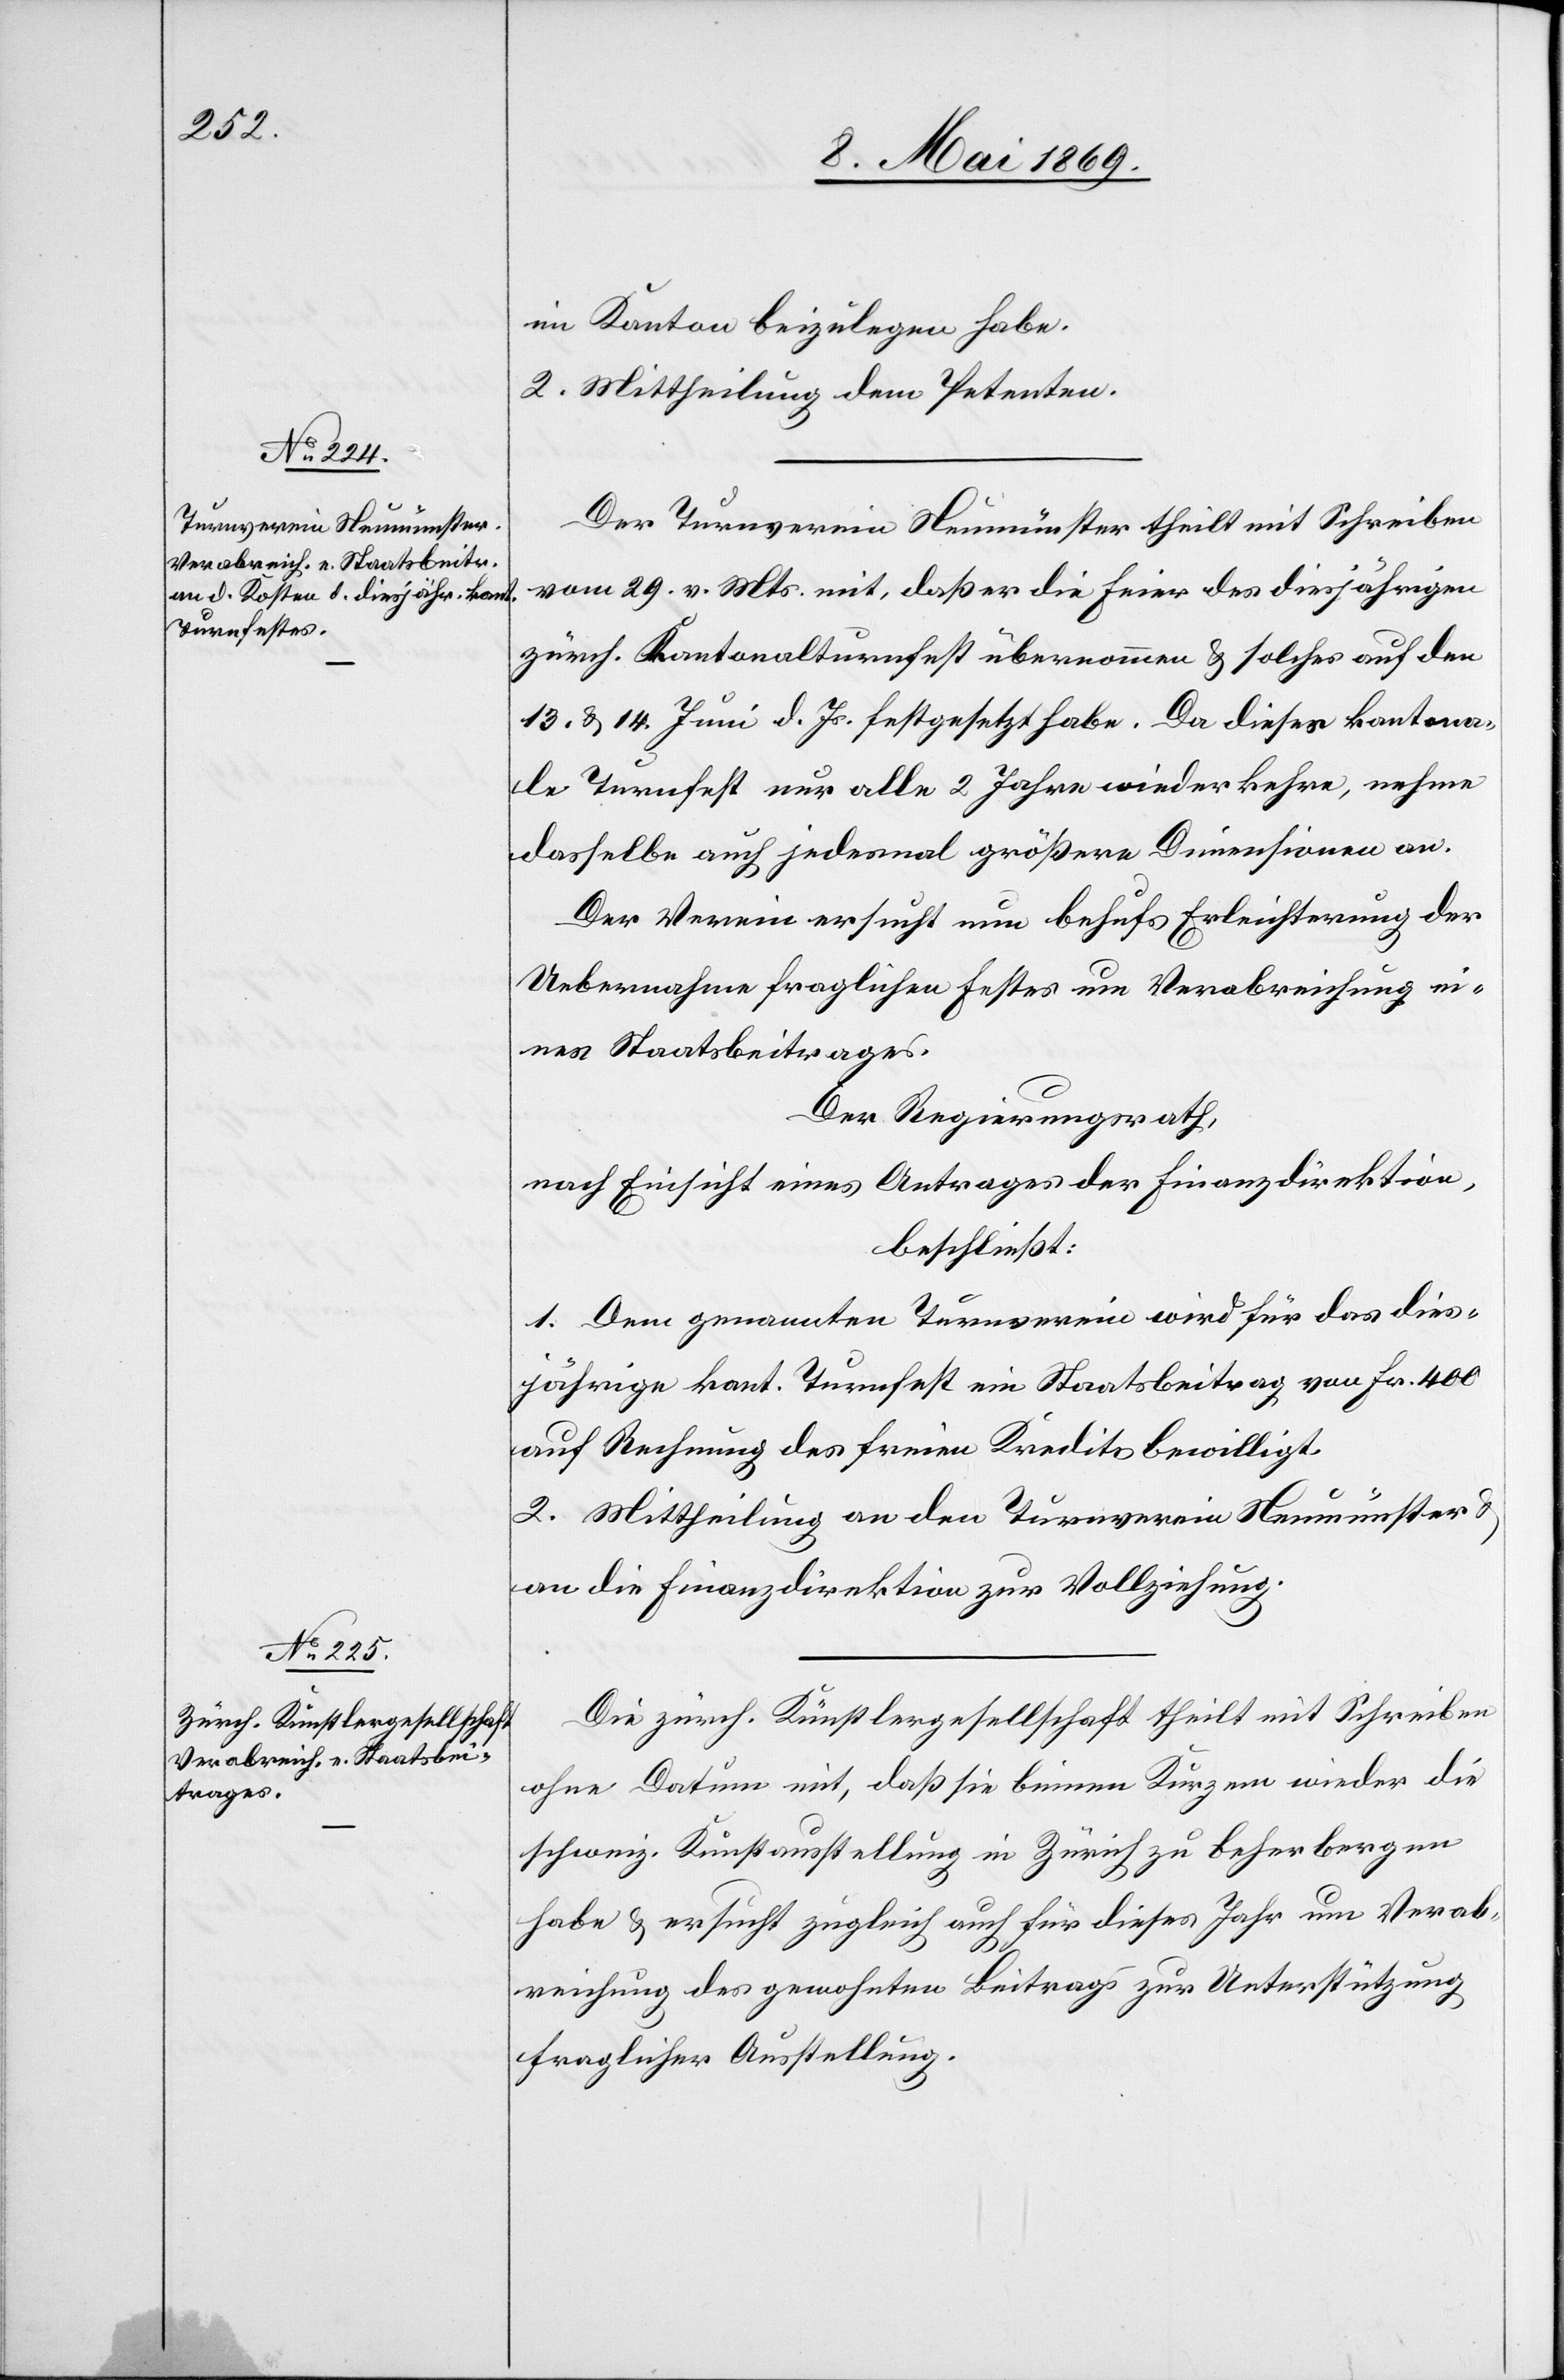
im Kanton beizulegen habe.
2. Mittheilung dem Petenten.
Der Turnverein Neumünster theilt mit Schreiben
vom 29. v. Mts. mit, daß er die Feier des diesjährigen
zürch. Kantonalturnfest übernommen u. solches auf den
13. u. 14. Juni d. Js. festgesetzt habe. Da dieses kantona¬
le Turnfest nur alle 2 Jahre wiederkehre, nehme
dasselbe auch jedesmal größere Dimensionen an.
Der Verein ersucht nun behufs Erleichterung der
Uebernahme fraglichen Festes um Verabreichung ei¬
nes Staatsbeitrages.
Der Regierungsrath,
nach Einsicht eines Antrages der Finanzdirektion,
beschließt:
1. Den genannten Turnverein wird für das dies¬
jährige kant. Turnfest ein Staatsbeitrag von Fr. 400
auf Rechnung des freien Kredits bewilligt.
2. Mittheilung an den Turnverein Neumünster u.
an die Finanzdirektion zur Vollziehung.
Die zürch. Künstlergesellschaft theilt mit Schreiben
ohne Datum mit, daß sie binnen Kurzem wieder die
schweiz. Kunstaustellung in Zürich zu beherbergen
habe u. ersucht zugleich auch für dieses Jahr um Verab¬
reichung des gewohnten Beitrags zur Unterstützung
fraglicher Ausstellung.